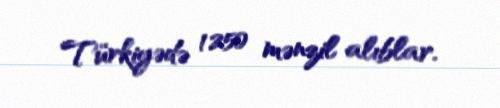
Türkiyədə 1250 mənzil alıblar.